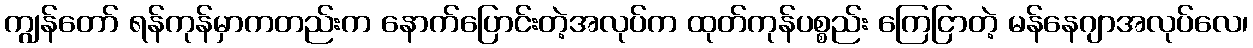
ကျွန်တော် ရန်ကုန်မှာကတည်းက နောက်ပြောင်းတဲ့အလုပ်က ထုတ်ကုန်ပစ္စည်း ကြေငြာတဲ့ မန်နေဂျာအလုပ်လေ၊